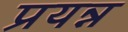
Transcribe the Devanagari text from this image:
प्रयन्न